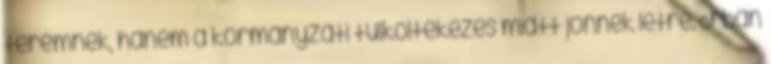
teremnek, hanem a kormányzati túlköltekezés miatt jönnek létre. Orbán